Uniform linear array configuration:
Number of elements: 32
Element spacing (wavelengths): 1
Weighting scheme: hann
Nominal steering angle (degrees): -15
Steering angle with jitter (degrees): -13.264
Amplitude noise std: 0.05
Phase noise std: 0.05

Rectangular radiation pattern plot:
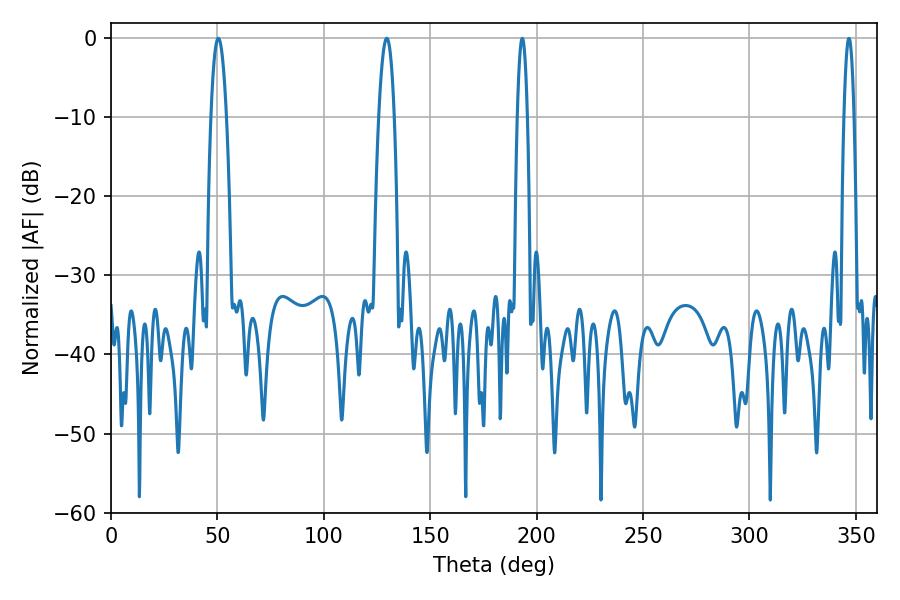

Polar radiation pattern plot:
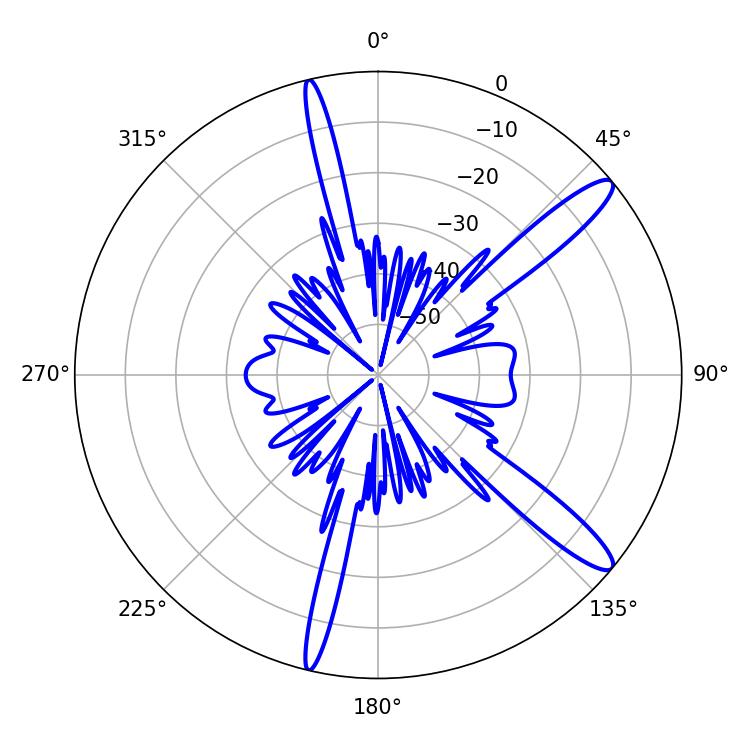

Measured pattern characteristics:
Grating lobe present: TRUE
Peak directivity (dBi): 13.231
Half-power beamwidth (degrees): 4.14
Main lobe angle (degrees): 50.4